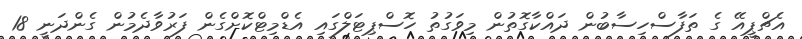
އެޗްޕީއޭ ގެ ތަފާސްހިސާބުން ދައްކާގޮތުން މިވަގުތު ހޮސްޕިޓަލްގައި އެޑްމިޓްކޮށްގެން ފަރުވާދެމުން ގެންދަނީ 18